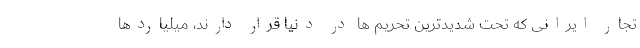
تجار ایرانی که تحت شدیدترین تحریم ها در دنیا قرار دارند، میلیاردها